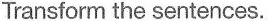
Transform the sentences.